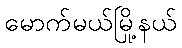
မောက်မယ်မြို့နယ်